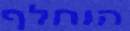
הוחלף